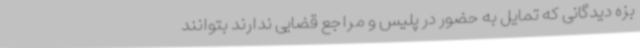
بزه دیدگانی که تمایل به حضور در پلیس و مراجع قضایی ندارند بتوانند